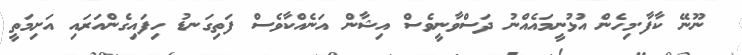
ނޫނޭ ކާފާ.މިހެން އުޅުނީމައެއްނު ދަސްވާނީވެސް އިޝާން އަނެއްކާވެސް ފަތިގަނޑު ހިފައިގެންއަރައި އަށިމަތީ